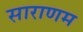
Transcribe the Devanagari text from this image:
साराणम